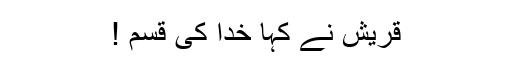
قریش نے کہا خدا کی قسم !